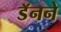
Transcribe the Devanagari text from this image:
डॅनने